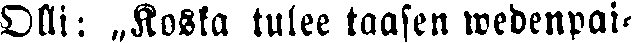
Olli: „Koska tulee taasen wedenpai-